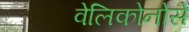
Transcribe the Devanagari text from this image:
वेलिकोनोसे